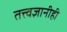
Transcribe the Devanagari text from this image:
तत्त्वज्ञानीही